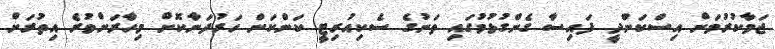
ޖަމާކުރުމަށް އިސްކަންދީ ފައިސާ ގެންގުޅުމުގައި ތަނުގެ ސެކިއުރިޓީ ކަންކަން ހަރުދަނާކޮށް މިހާރަށްވުރެ އިތުރަށް